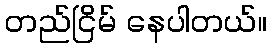
တည်ငြိမ် နေပါတယ်။